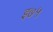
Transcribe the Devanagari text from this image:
इ७५